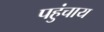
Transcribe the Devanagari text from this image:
पहुंचाय